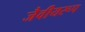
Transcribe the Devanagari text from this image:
जैवीयरूप